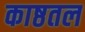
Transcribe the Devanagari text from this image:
काष्ठतल